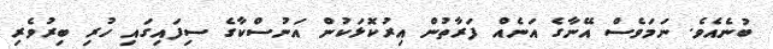
ބުނެއެވެ. ނަމަވެސް އޭނާގެ އަނެއް ފަރާތުން އިރުކޮޅަކުން އަނުސްކާގެ ސިފައިގައި ހުރި ބިރުވެރި